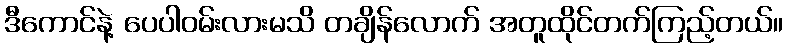
ဒီကောင်နဲ့ ပေပါဝမ်းလားမသိ တချိန်လောက် အတူထိုင်တက်ကြည့်တယ်။